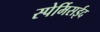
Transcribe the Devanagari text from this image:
स्पेर्मिसईद